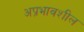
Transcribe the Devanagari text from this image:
अप्रभावशील